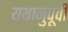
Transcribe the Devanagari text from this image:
यथानुपूर्वी